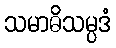
သမာဓိသမ္ပဒံ